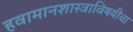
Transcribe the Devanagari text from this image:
हवामानशास्त्राविषयीचा